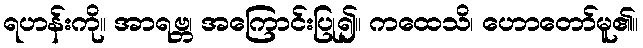
ရဟန်းကို။ အာရဗ္ဘ၊ အကြောင်းပြု၍။ ကထေသိ၊ ဟောတော်မူ၏။